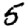
Digit: 5